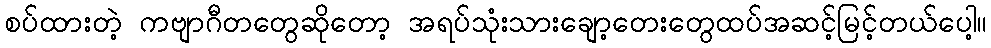
စပ်ထားတဲ့ ကဗျာဂီတတွေဆိုတော့ အရပ်သုံးသားချော့တေးတွေထပ်အဆင့်မြင့်တယ်ပေါ့။